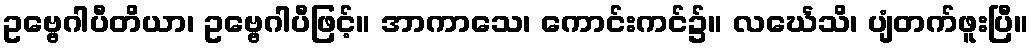
ဥဗ္ဗေဂါပီတိယာ၊ ဥဗ္ဗေဂါပီဖြင့်။ အာကာသေ၊ ကောင်းကင်၌။ လင်္ဃေသိ၊ ပျံတက်ဖူးပြီ။